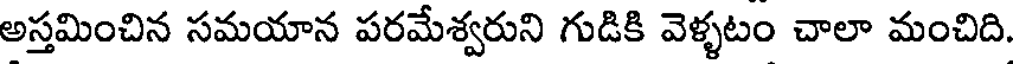
అస్తమించిన సమయాన పరమేశ్వరుని గుడికి వెళ్ళటం చాలా మంచిది.